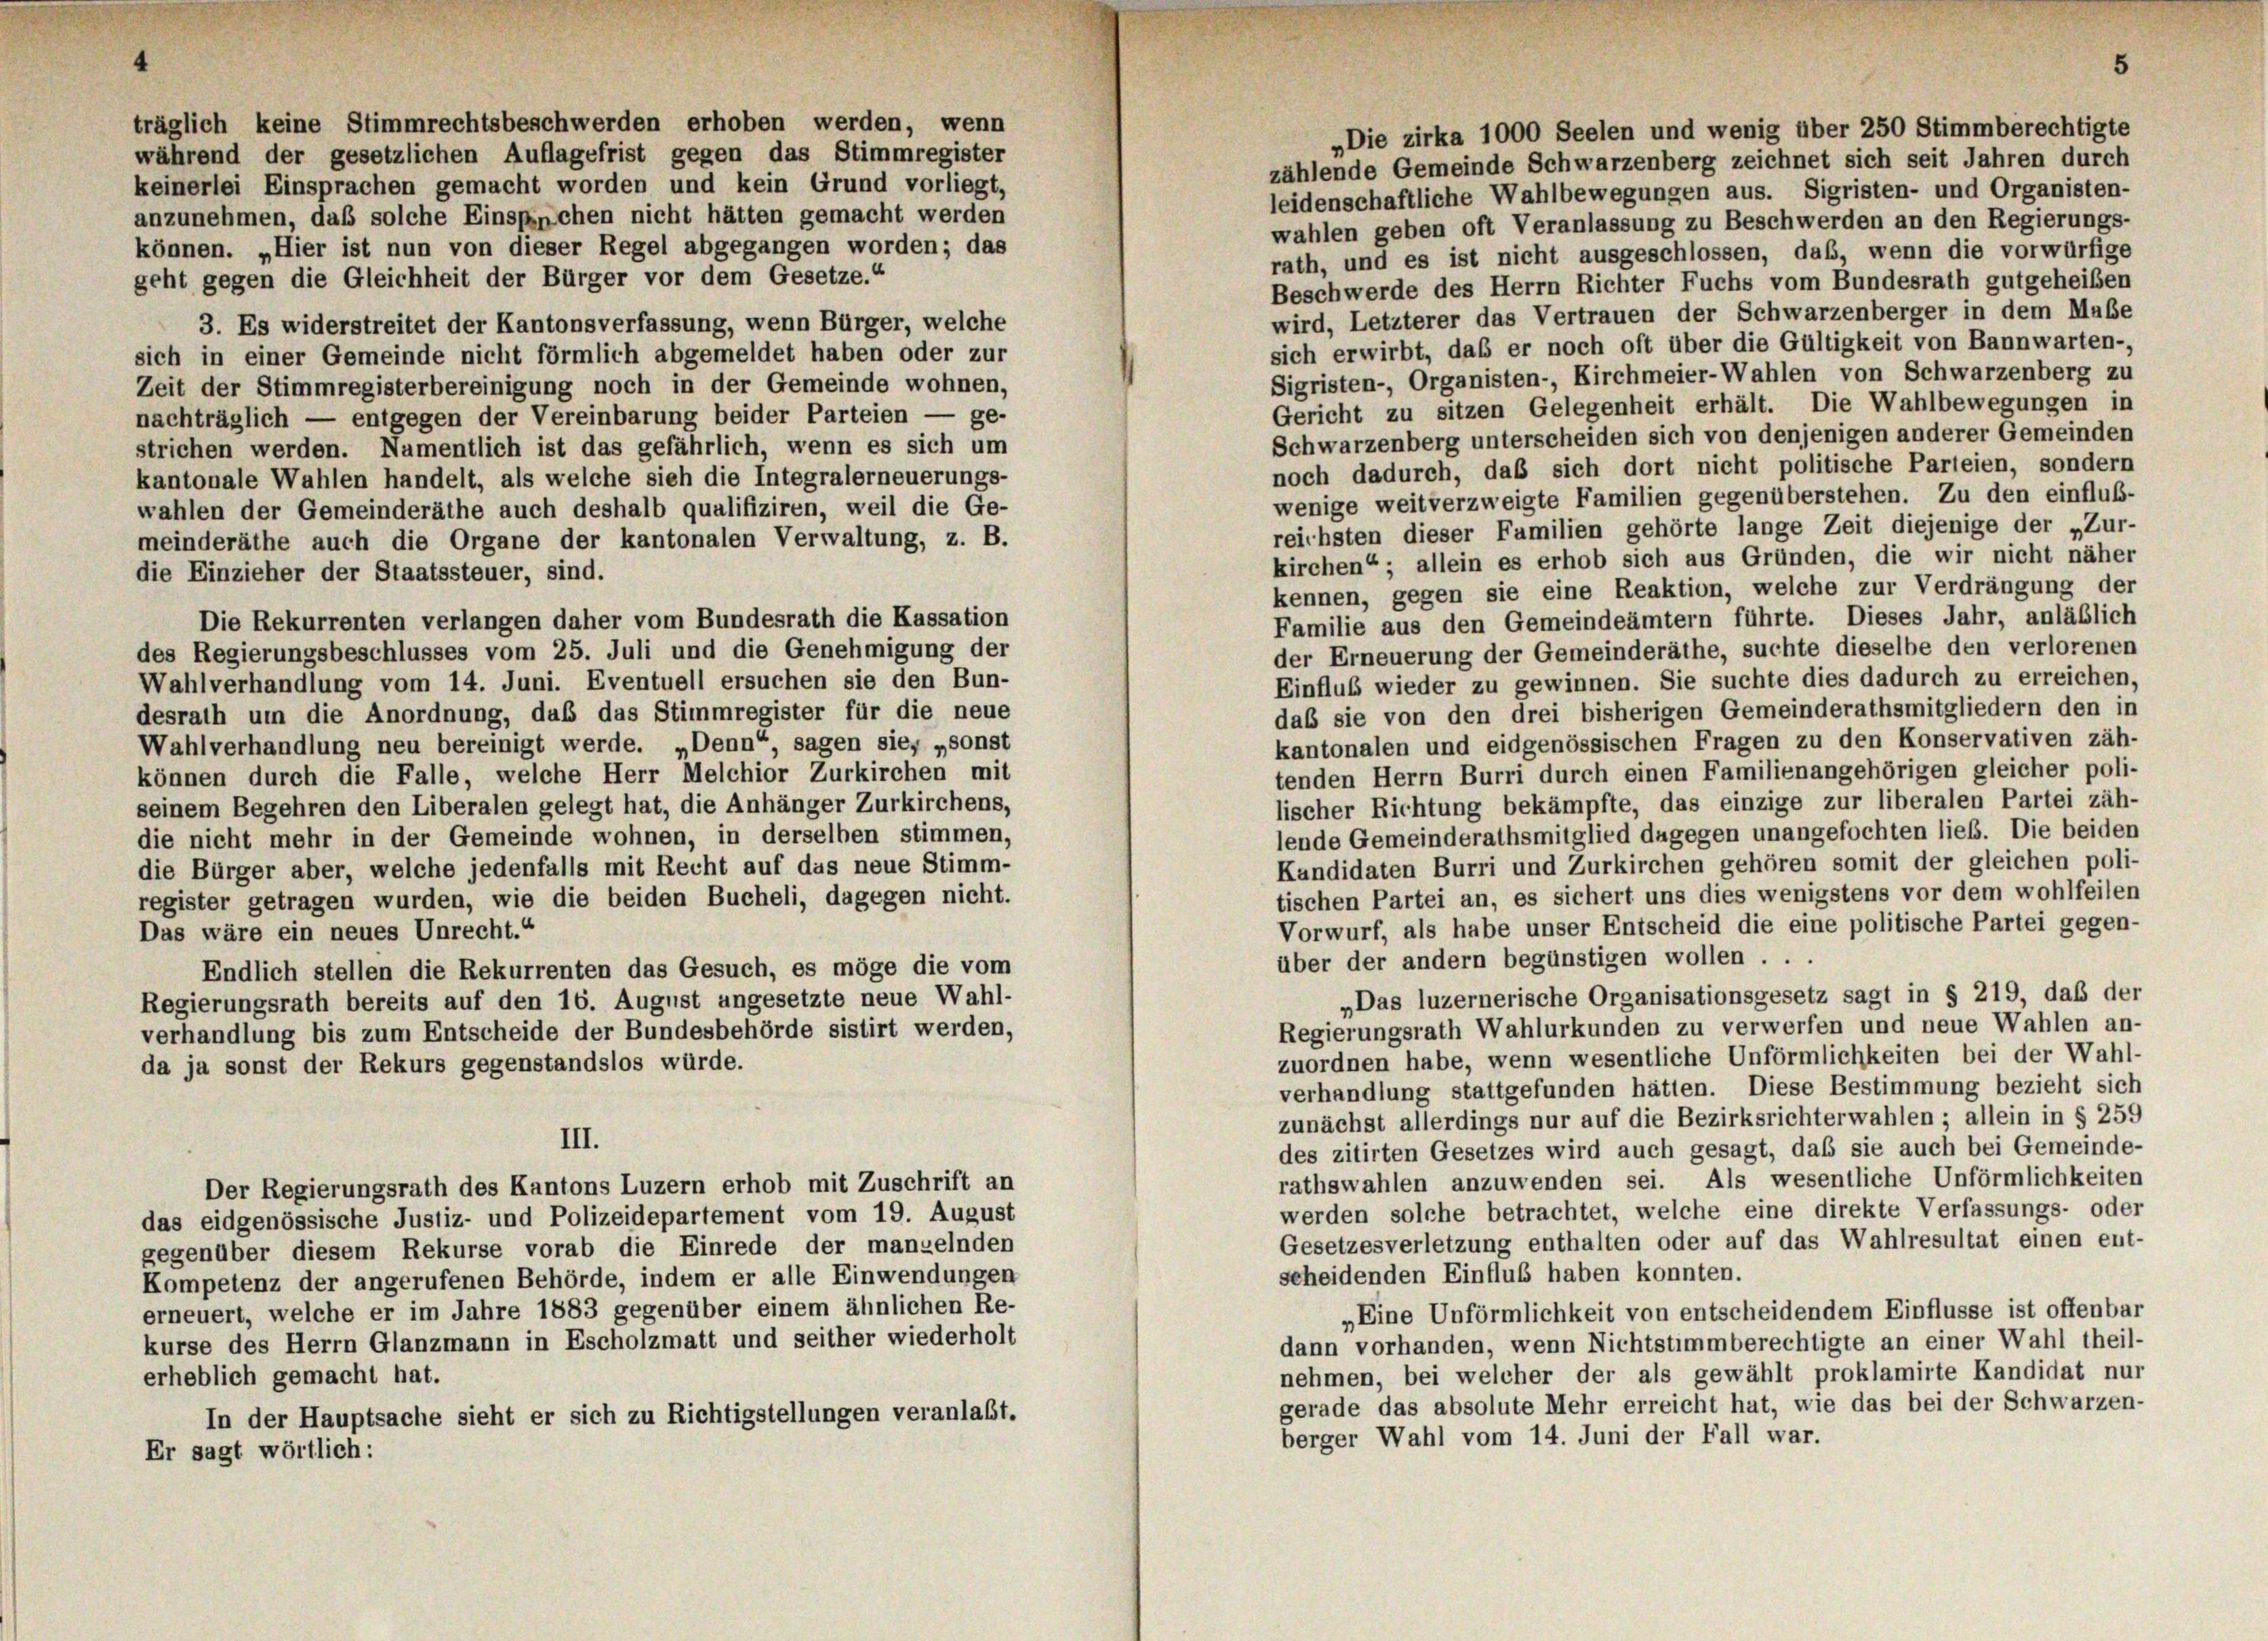
träglich keine Stimmrechtsbeschwerden erhoben werden, wenn
während der gesetzlichen Auflagefrist gegen das Stimmregister
keinerlei Einsprachen gemacht worden und kein Grund vorliegt,
anzunehmen, daß solche Einspechen nicht hätten gemacht werden
können. „Hier ist nun von dieser Regel abgegangen worden; das

„Die zirka 1000 Seelen und wenig über 250 Stimmberechtigte
zählende Gemeinde Schwarzenberg zeichnet sich seit Jahren durch
leidenschaftliche Wahlbewegungen aus. Sigristen- und Organisten-
wahlen geben oft Veranlassung zu Beschwerden an den Regierungs-
rath, und es ist nicht ausgeschlossen, daß, wenn die vorwürfige
geht gegen die Gleichheit der Bürger vor dem Gesetze.“
Beschwerde des Herrn Richter Fuchs vom Bundesrath gutgeheißen
wird, Letzterer das Vertrauen der Schwarzenberger in dem Maße
3. Es widerstreitet der Kantonsverfassung, wenn Bürger, welche
sich erwirbt, daß er noch oft über die Gültigkeit von Bannwarten-,
sich in einer Gemeinde nicht förmlich abgemeldet haben oder zur
Sigristen-, Organisten-, Kirchmeier-Wahlen von Schwarzenberg zu
Zeit der Stimmregisterbereinigung noch in der Gemeinde wohnen,
Gericht zu sitzen Gelegenheit erhält. Die Wahlbewegungen in
nachträglich — entgegen der Vereinbarung beider Parteien — ge-
Schwarzenberg unterscheiden sich von denjenigen anderer Gemeinden
strichen werden. Namentlich ist das gefährlich, wenn es sich um
noch dadurch, daß sich dort nicht politische Parteien, sondern
kantonale Wahlen handelt, als welche sieh die Integralerneuerungs-
wenige weit verzweigte Familien gegenüberstehen. Zu den einfluß-
wahlen der Gemeinderäthe auch deshalb qualifiziren, weil die Ge-
reichsten dieser Familien gehörte lange Zeit diejenige der „Zur-
meinderäthe auch die Organe der kantonalen Verwaltung, z. B.
kirchen“; allein es erhob sich aus Gründen, die wir nicht näher
die Einzieher der Staatssteuer, sind.
kennen, gegen sie eine Reaktion, welche zur Verdrängung der
Familie aus den Gemeindeämtern führte. Dieses Jahr, anläßlich
Die Rekurrenten verlangen daher vom Bundesrath die Kassation
der Erneuerung der Gemeinderäthe, suchte dieselbe den verlorenen
des Regierungsbeschlusses vom 25. Juli und die Genehmigung der
Einfluß wieder zu gewinnen. Sie suchte dies dadurch zu erreichen,
Wahlverhandlung vom 14. Juni. Eventuell ersuchen sie den Bun-
das sie von den drei bisherigen Gemeinderathsmitgliedern den in
desrath um die Anordnung, daß das Stimmregister für die neue
kantonalen und eidgenössischen Fragen zu den Konservativen zäh-
Wahlverhandlung neu bereinigt werde. „Denn“, sagen sie, „sonst
tenden Herrn Burri durch einen Familienangehörigen gleicher poli-
können durch die Falle, welche Herr Melchior Zurkirchen mit
lischer Richtung bekämpfte, das einzige zur liberalen Partei zäh-
seinem Begehren den Liberalen gelegt hat, die Anhänger Zurkirchens,
lende Gemeinderathsmitglied dagegen unangefochten lieb. Die beiden
die nicht mehr in der Gemeinde wohnen, in derselben stimmen,
Kandidaten Burri und Zurkirchen gehören somit der gleichen poli-
die Bürger aber, welche jedenfalls mit Recht auf das neue Stimm-
tischen Partei an, es sichert uns dies wenigstens vor dem wohlfeilen
register getragen wurden, wie die beiden Bucheli, dagegen nicht.
Vorwurf, als habe unser Entscheid die eine politische Partei gegen-
Das wäre ein neues Unrecht.“
über der andern begünstigen wollen . .
Endlich stellen die Rekurrenten das Gesuch, es möge die vom
„Das luzernerische Organisationsgesetz sagt in § 219, daß der
Regierungsrath bereits auf den 16. August angesetzte neue Wahl-
Regierungsrath Wahlurkunden zu verwerfen und neue Wahlen an-
verhandlung bis zum Entscheide der Bundesbehörde sistirt werden,
zuordnen habe, wenn wesentliche Unförmlichkeiten bei der Wahl-
da ja sonst der Rekurs gegenstandslos würde.
verhandlung stattgefunden hätten. Diese Bestimmung bezieht sich
zunächst allerdings nur auf die Bezirksrichterwahlen; allein in § 259
III.
des zitirten Gesetzes wird auch gesagt, daß sie auch bei Gemeinde-
rathswahlen anzuwenden sei. Als wesentliche Unförmlichkeiten
Der Regierungsrath des Kantons Luzern erhob mit Zuschrift an
werden solche betrachtet, welche eine direkte Verfassungs- oder
das eidgenössische Justiz- und Polizeidepartement vom 19. August
Gesetzesverletzung enthalten oder auf das Wahlresultat einen ent-
gegenüber diesem Rekurse vorab die Einrede der manzelnden
scheidenden Einfluß haben konnten.
Kompetenz der angerufenen Behörde, indem er alle Einwendungen
erneuert, welche er im Jahre 1883 gegenüber einem ähnlichen Re-
„Eine Unförmlichkeit von entscheidendem Einflüsse ist offenbar
kurse des Herrn Glanzmann in Escholzmatt und seither wiederholt
dann vorhanden, wenn Nichtstimmberechtigte an einer Wahl theil-
nehmen, bei welcher der als gewählt proklamirte Kandidat nur
erheblich gemacht hat.
gerade das absolute Mehr erreicht hat, wie das bei der Schwarzen-
In der Hauptsache sieht er sich zu Richtigstellungen veranlaßt.
berger Wahl vom 14. Juni der Fall war.
Er sagt wörtlich: